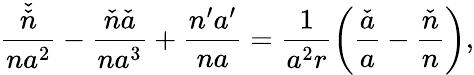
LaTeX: \frac{\check{\check{n}}}{na^{2}}-\frac{\check{n}\check{a}}{na^{3}}+\frac{n^{\prime}a^{\prime}}{na}=\frac{1}{a^{2}r}\left(\frac{\check{a}}{a}-\frac{\check{n}}{n}\right),